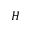
H